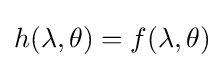
h(\lambda ,\theta )=f(\lambda ,\theta )